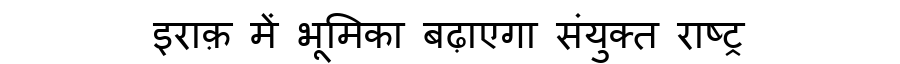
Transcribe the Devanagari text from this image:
इराक़ में भूमिका बढ़ाएगा संयुक्त राष्ट्र